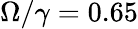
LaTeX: \Omega/\gamma=0.65